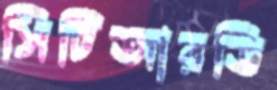
সিটিআরডি